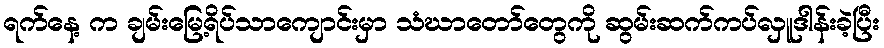
ရက်နေ့ က ချမ်းမြေ့ရိပ်သာကျောင်းမှာ သံဃာတော်တွေကို ဆွမ်းဆက်ကပ်လှူဒါန်းခဲ့ပြီး